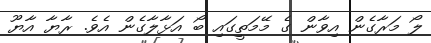
ލޯ މަރާގެން އިވާން ގެ މޭމަތީގައި ބޯ އަޅާލާގެން އެވެ. ރާޔާ އާޔޫ